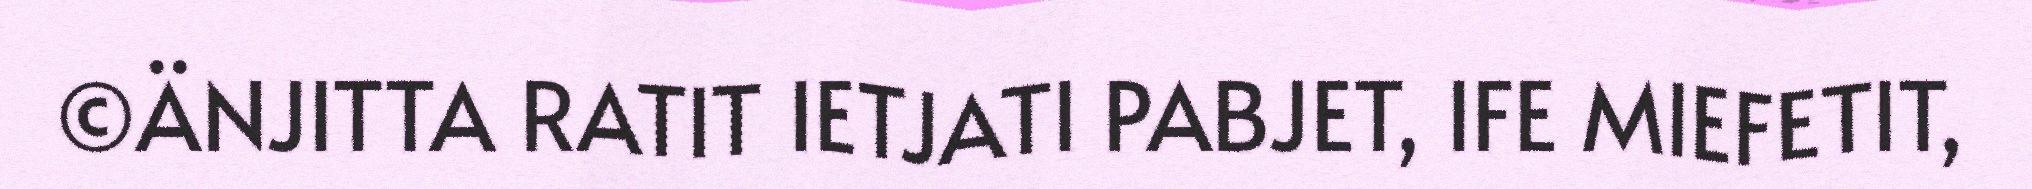
©ÄNJITTA RATIT IETJATI PABJET, IFE MIEFETIT,